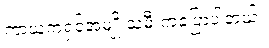
ကာယကံရှင်အမျိုးသမီးကပြောပါတယ်။